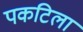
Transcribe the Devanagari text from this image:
पकटिला